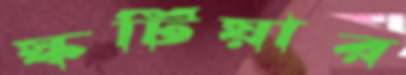
স্কটিয়ার